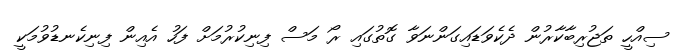
ސިއްހީ ތަޖުރިބާކާރުން ދެކެވަޑައިގަންނަވާ ގޮތުގައި ރޯ މަސް ފިނިކުރުމަށް ފަހު އެއިން ފިނިކެނޑުވުމަކީ